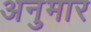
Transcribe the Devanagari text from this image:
अनुमार